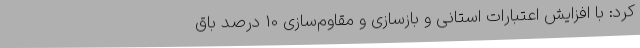
کرد: با افزایش اعتبارات استانی و بازسازی و مقاوم‌سازی 10 درصد باق